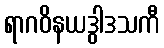
ရာဂဝိနယဒွါဒသကီ